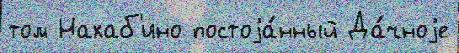
том Нахаб'ино постоjа́нный Да́чноjе